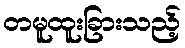
တမူထူးခြားသည့်